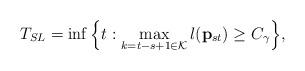
LaTeX: \begin{align*} T_{SL} = \inf \Big\{t: \max_{k=t-s+1 \in \mathcal{K}} l(\mathbf{p}_{st}) \geq C_{\gamma} \Big\},\end{align*}